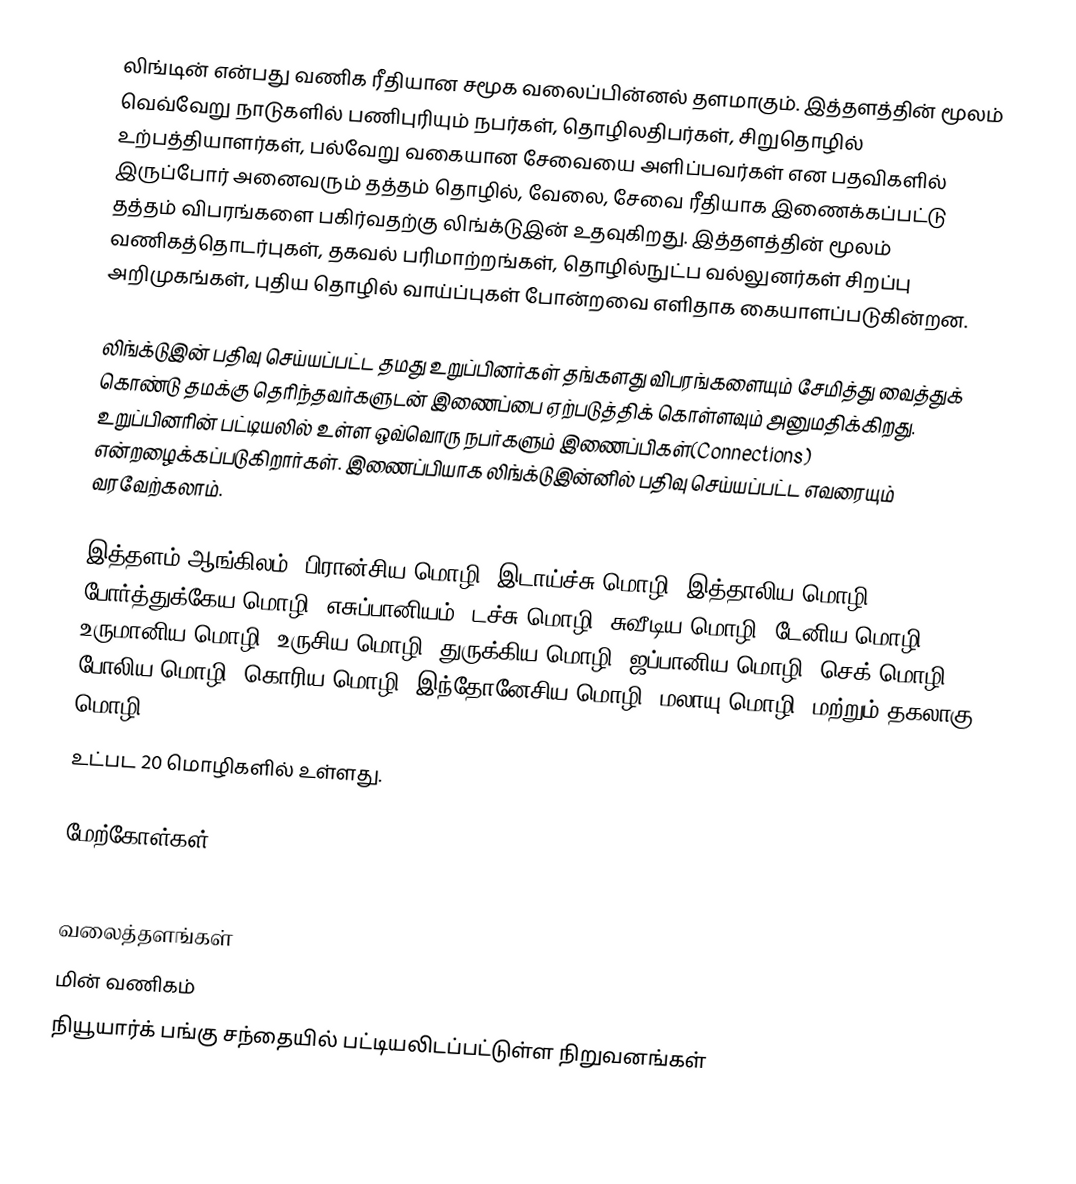
லிங்டின் என்பது வணிக ரீதியான சமூக வலைப்பின்னல் தளமாகும். இத்தளத்தின் மூலம் வெவ்வேறு நாடுகளில் பணிபுரியும் நபர்கள், தொழிலதிபர்கள், சிறுதொழில் உற்பத்தியாளர்கள், பல்வேறு வகையான சேவையை அளிப்பவர்கள் என பதவிகளில் இருப்போர் அனைவரும் தத்தம் தொழில், வேலை, சேவை ரீதியாக இணைக்கப்பட்டு தத்தம் விபரங்களை பகிர்வதற்கு லிங்க்டுஇன் உதவுகிறது. இத்தளத்தின் மூலம் வணிகத்தொடர்புகள், தகவல் பரிமாற்றங்கள், தொழில்நுட்ப வல்லுனர்கள் சிறப்பு அறிமுகங்கள், புதிய தொழில் வாய்ப்புகள் போன்றவை எளிதாக கையாளப்படுகின்றன.

லிங்க்டுஇன் பதிவு செய்யப்பட்ட தமது உறுப்பினர்கள் தங்களது விபரங்களையும் சேமித்து வைத்துக் கொண்டு தமக்கு தெரிந்தவர்களுடன் இணைப்பை ஏற்படுத்திக் கொள்ளவும் அனுமதிக்கிறது. உறுப்பினரின் பட்டியலில் உள்ள ஒவ்வொரு நபர்களும் இணைப்பிகள்(Connections) என்றழைக்கப்படுகிறார்கள். இணைப்பியாக லிங்க்டுஇன்னில் பதிவு செய்யப்பட்ட எவரையும் வரவேற்கலாம்.

இத்தளம் ஆங்கிலம், பிரான்சிய மொழி, இடாய்ச்சு மொழி, இத்தாலிய மொழி, போர்த்துக்கேய மொழி, எசுப்பானியம், டச்சு மொழி, சுவீடிய மொழி, டேனிய மொழி, உருமானிய மொழி, உருசிய மொழி, துருக்கிய மொழி, ஜப்பானிய மொழி, செக் மொழி, போலிய மொழி, கொரிய மொழி, இந்தோனேசிய மொழி, மலாயு மொழி, மற்றும் தகலாகு மொழி
உட்பட 20 மொழிகளில் உள்ளது.

மேற்கோள்கள்

வலைத்தளங்கள்
மின் வணிகம்
நியூயார்க் பங்கு சந்தையில் பட்டியலிடப்பட்டுள்ள நிறுவனங்கள்